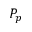
P _ { p }